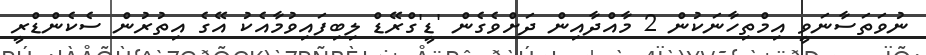
ނުވަތަސާނަވީ އިމްތިހާނަކުން 2 މާއްދާއިން ދަށްވެގެން 'ޑީ'ގްރޭޑް ލިބިފައިވުމާއެކު އޭގެ އިތުރުން ސެކެންޑްރީ